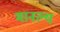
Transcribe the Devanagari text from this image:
मानल्य